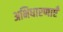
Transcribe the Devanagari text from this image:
अभिधारणाएँ